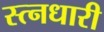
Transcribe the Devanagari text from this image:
स्त्नधारी